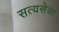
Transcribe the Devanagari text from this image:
सत्यसेवा